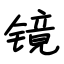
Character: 镜